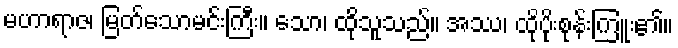
မဟာရာဇ၊ မြတ်သောမင်းကြီး။ သော၊ ထိုသူသည်။ အဿ၊ ထိုပိုးစုန်းကြူး၏။